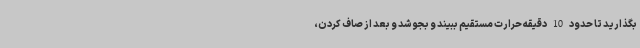
بگذارید تا حدود 10 دقیقه حرارت مستقیم ببیند و بجوشد و بعد از صاف کردن،